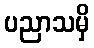
ပညာသမှိ